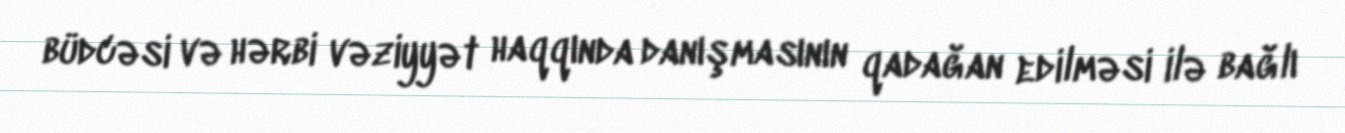
büdcəsi və hərbi vəziyyət haqqında danışmasının qadağan edilməsi ilə bağlı